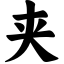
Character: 夹